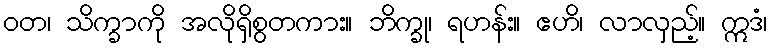
ဝတ၊ သိက္ခာကို အလိုရှိစွတကား။ ဘိက္ခု၊ ရဟန်း။ ဧဟိ၊ လာလှည့်။ ဣဒံ၊